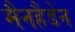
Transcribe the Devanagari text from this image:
मैनहैडेन